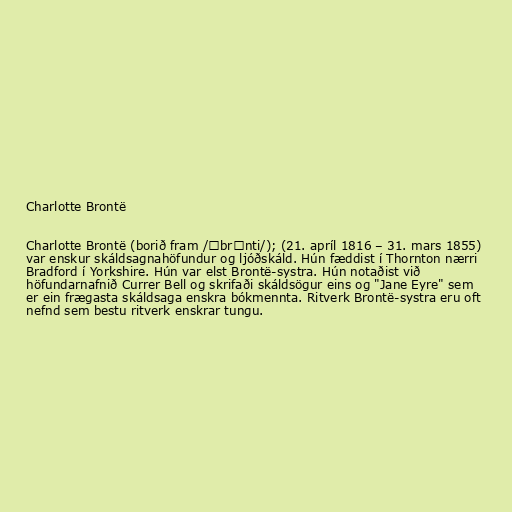
Charlotte Brontë

Charlotte Brontë (borið fram /ˈbrɒnti/); (21. apríl 1816 – 31. mars 1855)
var enskur skáldsagnahöfundur og ljóðskáld. Hún fæddist í Thornton nærri
Bradford í Yorkshire. Hún var elst Brontë-systra. Hún notaðist við
höfundarnafnið Currer Bell og skrifaði skáldsögur eins og "Jane Eyre" sem
er ein frægasta skáldsaga enskra bókmennta. Ritverk Brontë-systra eru oft
nefnd sem bestu ritverk enskrar tungu.